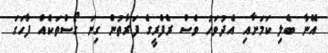
އޭނާ ބެލި ކަމަށާއި އެދުވަހު ވެސް ރެފްރީގެ ފަރާތުން ގިނަ ގޯސްތަކެއް ފާހަގަ